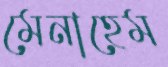
মেনাহেম